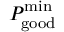
P _ { \mathrm { g o o d } } ^ { \mathrm { m i n } }